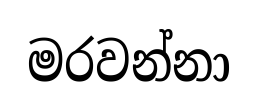
මරවන්නා